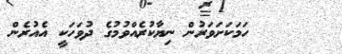
٤٠      ހަމަކަށަވަރުން ނިޔާކުރެއްވުމުގެ ދުވަހަކީ އެއުރެން